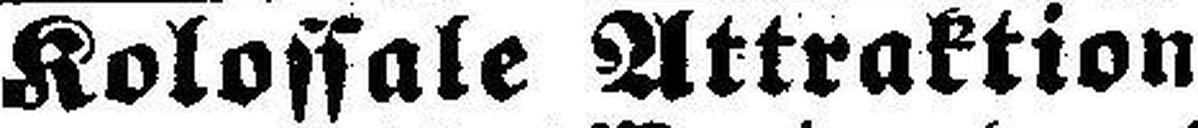
Kolossale Attraktion